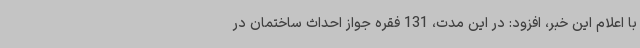
با اعلام این خبر، افزود: در این مدت، 131 فقره جواز احداث ساختمان در